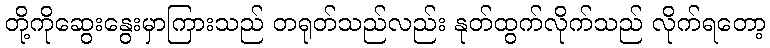
တို့ကိုဆွေးနွေးမှာကြားသည် တရုတ်သည်လည်း နုတ်ထွက်လိုက်သည် လိုက်ရတော့